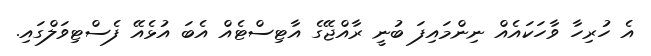
އެ ހުރިހާ ވާހަކައެއް ނިންމައިފަ ބުނީ ރާއްޖޭގެ އާޓިސްޓެއް އެބަ އުޅެއޭ ފެސްޓިވަލްގައި.